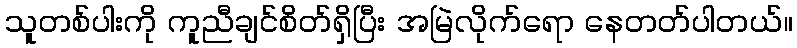
သူတစ်ပါးကို ကူညီချင်စိတ်ရှိပြီး အမြဲလိုက်ရော နေတတ်ပါတယ်။